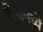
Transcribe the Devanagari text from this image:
लेपांमध्ये